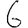
Digit: 6